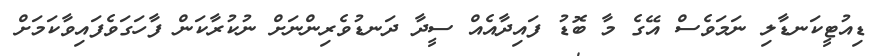
ޑިއުޓީކަނޑާލި ނަމަވެސް އޭގެ މާ ބޮޑު ފައިދާއެއް ސީދާ ދަނޑުވެރިންނަށް ނުކުރާކަން ފާހަގަވެފައިވާކަމަށް